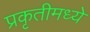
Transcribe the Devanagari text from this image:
प्रकृतीमध्येे